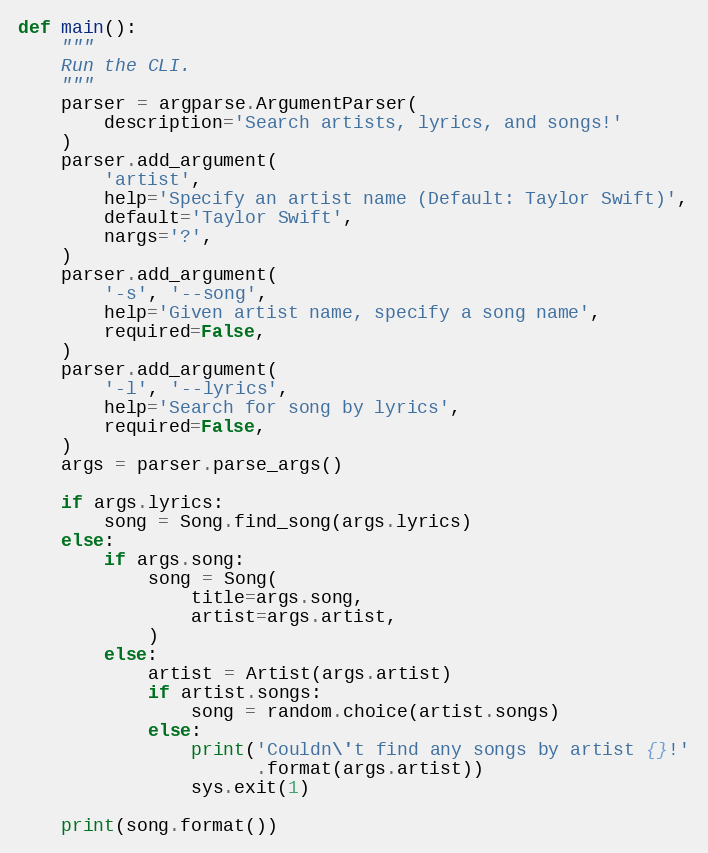
Language: Python
def main():
    """
    Run the CLI.
    """
    parser = argparse.ArgumentParser(
        description='Search artists, lyrics, and songs!'
    )
    parser.add_argument(
        'artist',
        help='Specify an artist name (Default: Taylor Swift)',
        default='Taylor Swift',
        nargs='?',
    )
    parser.add_argument(
        '-s', '--song',
        help='Given artist name, specify a song name',
        required=False,
    )
    parser.add_argument(
        '-l', '--lyrics',
        help='Search for song by lyrics',
        required=False,
    )
    args = parser.parse_args()

    if args.lyrics:
        song = Song.find_song(args.lyrics)
    else:
        if args.song:
            song = Song(
                title=args.song,
                artist=args.artist,
            )
        else:
            artist = Artist(args.artist)
            if artist.songs:
                song = random.choice(artist.songs)
            else:
                print('Couldn\'t find any songs by artist {}!'
                      .format(args.artist))
                sys.exit(1)

    print(song.format())